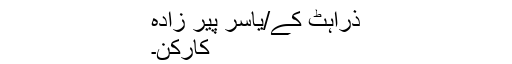
ذراہٹ کے/یاسر پیر زادہ
کارکن۔